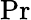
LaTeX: \textrm{Pr}